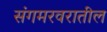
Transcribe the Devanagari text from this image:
संगमरवरातील